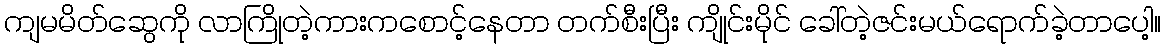
ကျမမိတ်ဆွေကို လာကြိုတဲ့ကားကစောင့်နေတာ တက်စီးပြီး ကျိုင်းမိုင် ခေါ်တဲ့ဇင်းမယ်ရောက်ခဲ့တာပေါ့။